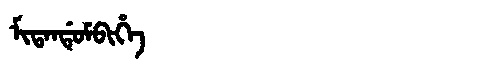
Manchu: ᠮᡳᡨᠠᠨᡩᡠᠮᠪᡳᡥᡝ
Romanization: MITANDUMBIHE